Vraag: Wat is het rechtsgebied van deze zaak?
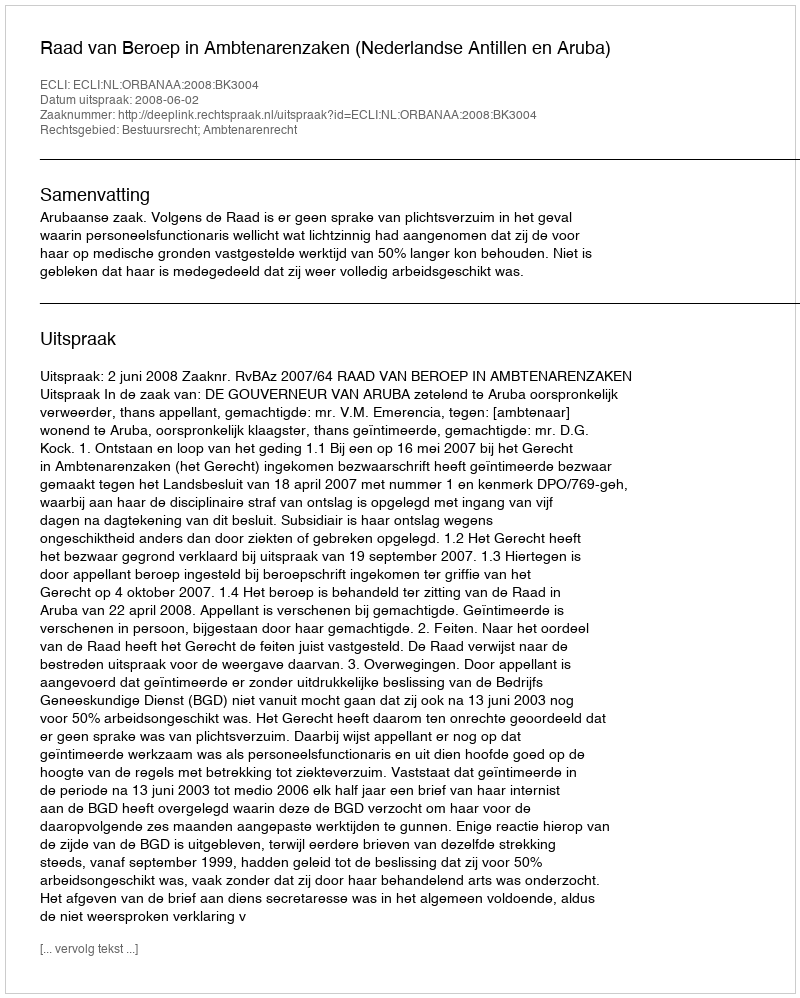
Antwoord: Bestuursrecht; Ambtenarenrecht